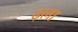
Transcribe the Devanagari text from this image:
ढ़ला